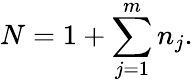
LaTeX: N=1+\sum_{j=1}^{m}{{{n}_{j}}}.